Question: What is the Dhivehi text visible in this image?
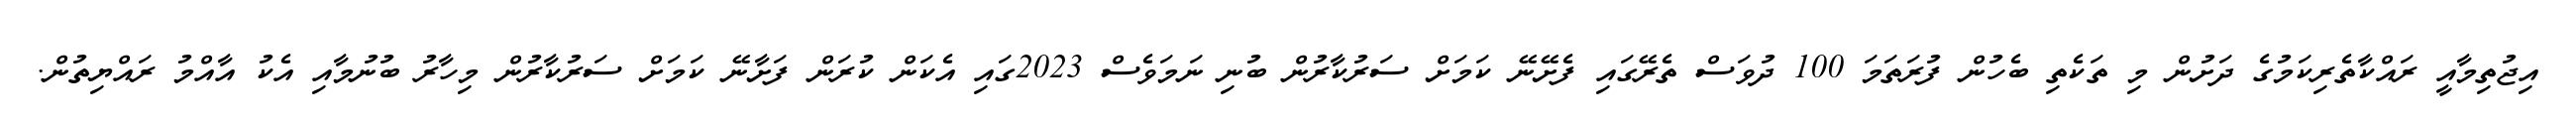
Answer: އިޖުތިމާއީ ރައްކާތެރިކަމުގެ ދަށުން މި ތަކެތި ބެހުން ފުރަތަމަ 100 ދުވަސް ތެރޭގައި ފެށޭނޭ ކަމަށް ސަރުކާރުން ބުނި ނަމަވެސް 2023ގައި އެކަން ކުރަން ފަށާނޭ ކަމަށް ސަރުކާރުން މިހާރު ބުނުމާއި އެކު އާއްމު ރައްޔިތުން.